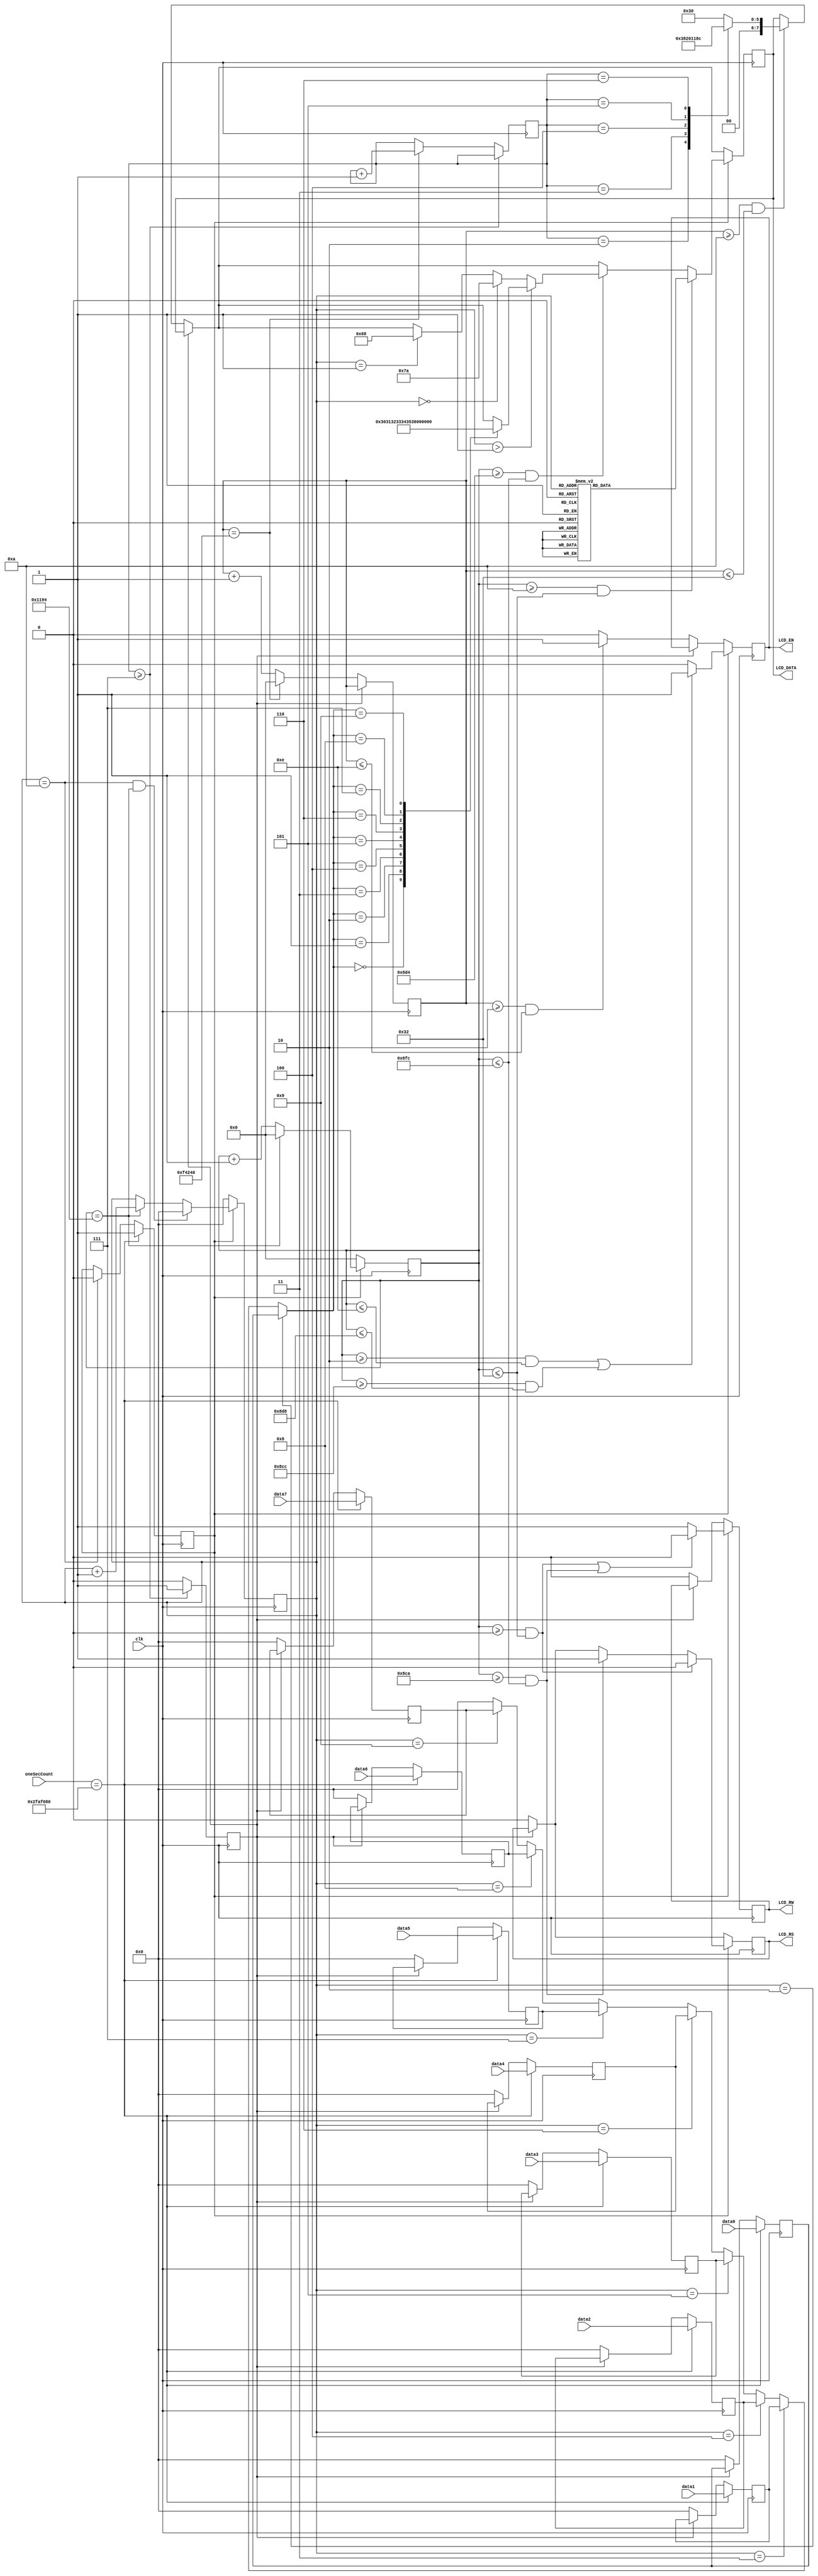
module lcd_controller(
	clk,
	LCD_EN,
	LCD_RW,
	LCD_RS,
	LCD_DATA,
	oneSecCount,
	data0,
	data1,
	data2,
	data3,
	data4,
	data5,
	data6,
	data7
);

parameter one_sec = 50000000; //100mini sec
parameter one_Micro_Sec = 50;
parameter ninety_micro_sec = 4500;
parameter twenty_mini_sec = 1000000;

input clk;
input [31:0] oneSecCount;
input [3:0]data0,data1,data2,data3,data4,data5,data6,data7;
output reg LCD_EN ,LCD_RW ,LCD_RS ;
output reg [7:0] LCD_DATA ;

reg[3:0] initial_state = 0,data_state = 0;
reg[31:0] counter = 0, counter2 = 0;
reg stop = 0,start = 0;
reg [3:0] data[7:0];
wire [3:0] number;

assign number = (data_state == 4'h2) ? data[0] :
				  (data_state == 4'h3) ? data[1] :
				  (data_state == 4'h4) ? data[2] :
				  (data_state == 4'h5) ? data[3] :
				  (data_state == 4'h6) ? data[4] :
				  (data_state == 4'h7) ? data[5] :
				  (data_state == 4'h8) ? data[6] :
				  (data_state == 4'h9) ? data[7] : 0;
					  
always@(posedge clk) begin //start
	if(oneSecCount == one_sec) begin
		data[0] <= data0;
		data[1] <= data1;
		data[2] <= data2;
		data[3] <= data3;
		data[4] <= data4;
		data[5] <= data5;
		data[6] <= data6;
		data[7] <= data7;
	end else if(!stop) begin
		data[0] <= 0;
		data[1] <= 0;
		data[2] <= 0;
		data[3] <= 0;
		data[4] <= 0;
		data[5] <= 0;
		data[6] <= 0;
		data[7] <= 0;
	end
end

always@(posedge clk) begin //start
	if(oneSecCount == one_sec) begin
		start <= 1;
	end else if(data_state == 10) begin
		start <= 0;
	end
end

always@(posedge clk) begin //stop
	if(initial_state >= 7) begin
		stop <= 1;
	end else begin
		stop <= 0;
	end
end

always@(posedge clk) begin // initial state
	if(initial_state >= 7) begin
		initial_state <= initial_state;
	end else if(counter == twenty_mini_sec) begin
		initial_state <= initial_state + 1;
	end
end

always@(posedge clk) begin //data_state
	if(start) begin
		if(data_state == 10 
		&& counter2 == ninety_micro_sec) begin
				data_state <= 0;
		end else if(counter2 == ninety_micro_sec) begin
				data_state <= data_state + 1;
		end
	end else if(!start) begin
	data_state <= 0;
	end
end

always@(posedge clk) begin //20ms counter : initial
	if(!stop) begin
		if(counter == twenty_mini_sec) begin
			counter <= 0;
		end else begin
			counter <= counter + 1;
		end
	end
end

always@(posedge clk) begin //90us counter2 : state 
	if(start) begin
		if(counter2 == ninety_micro_sec) begin
			counter2 <= 0;
		end else begin
			counter2 <= counter2 + 1;
		end
	end else if(start == 0) begin
		counter2 <= 0;
	end
end

always@(posedge clk) begin //LCD_RW
	if(!stop) begin //initial
		LCD_RW  <= 0;
	end 

	if(start) begin                   //0-1us
		if((counter2 >= 0 && counter2 <= 50) ||
		((counter2 >= 2250 && counter2 <= 2300))) begin //45-46us
			LCD_RW <= 0;
		end else begin
			LCD_RW <= 1;
		end
	end
end

always@(posedge clk) begin //LCD_RS
	if(!stop) begin //initial
		LCD_RS <= 0;
	end 

	if(start) begin                   //0-1us set
		if(counter2 >= 0 && counter2 <= 50) begin
			LCD_RS <= 0;
		end else if(counter2 >= 2250 && counter2 <= 2300) begin //45-46us write
			LCD_RS <= 1;
		end 
	end
end

always@(posedge clk) begin //LCD_EN
	if(!stop) begin  //40 - 270ns
		if(counter >= 2 && counter <= 14) begin
			LCD_EN  <= 1;
		end else begin
			LCD_EN  <= 0;
		end
	end

	if(start) begin  //40-270 ns
		if((counter2 >= 2 && counter2 <= 14) || 
		(counter2 >= 2252 && counter2 <= 2264)) begin //45us + 2ns - 45us + 230ns
			LCD_EN <= 1;
		end else begin
			LCD_EN <= 0;
		end
		end
	end

	always@(posedge clk) begin //LCD_DATA
	if(!stop) begin
		if(counter >= 10 && counter <= 50) begin 
			case (initial_state)
				4'h1 : LCD_DATA <= 8'h30; 
				4'h2: LCD_DATA <= 8'h38; 
				4'h3: LCD_DATA <= 8'h08; 
				4'h4: LCD_DATA <= 8'h01; 
				4'h5: LCD_DATA <= 8'h06; 
				4'h6: LCD_DATA <= 8'h0c; 
				default : LCD_DATA  <= 8'h30; 
			endcase
		end
	end

	if(start) begin 
		if(counter2 >= 10 && counter2 <= 50) begin //address
				case (data_state)
					4'h0 : LCD_DATA <= 8'hcf;
					4'h1 : LCD_DATA <= 8'hce;
					4'h2 : LCD_DATA <= 8'hcd;
					4'h3 : LCD_DATA <= 8'hcc;
					4'h4 : LCD_DATA <= 8'hcb;
					4'h5 : LCD_DATA <= 8'hca;
					4'h6 : LCD_DATA <= 8'hc9;
					4'h7 : LCD_DATA <= 8'hc8;
					4'h8 : LCD_DATA <= 8'hc7;
					4'h9 : LCD_DATA <= 8'hc6;
					default : LCD_DATA <= 8'hc6;
				endcase
		end else if(counter2 >= 2260 && counter2 <= 2300) begin
			if (data_state > 1) begin
				case (number)
					4'h0 : LCD_DATA <= 8'b00110000; 
					4'h1 : LCD_DATA <= 8'b00110001; 
					4'h2 : LCD_DATA <= 8'b00110010;
					4'h3 : LCD_DATA <= 8'b00110011;
					4'h4 : LCD_DATA <= 8'b00110100;
					4'h5 : LCD_DATA <= 8'b00110101;
					4'h6 : LCD_DATA <= 8'b00110110;
					4'h7 : LCD_DATA <= 8'b00110111;
					4'h8 : LCD_DATA <= 8'b00111000;
					4'h9 : LCD_DATA <= 8'b00111001;
				endcase
			end else if(!data_state) begin
				LCD_DATA  <= 8'h7a;
			end else if(data_state == 1) begin
				LCD_DATA  <= 8'h68;
			end 
		end
	end		
end //always

endmodule